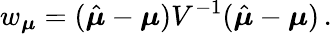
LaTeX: w_{\boldsymbol{\mu}}=(\hat{\boldsymbol{\mu}}-\boldsymbol{\mu})V^{-1}(\hat{\boldsymbol{\mu}}-\boldsymbol{\mu})\, .